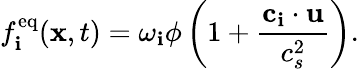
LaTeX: f_{\mathbf{i}}^{\mathrm{{eq}}}(\mathbf{{x}},t)=\omega_{\mathbf{i}}\phi\left(1+\frac{{\mathbf{{c}}_{\mathbf{i}}\cdot\mathbf{{u}}}}{{c_{s}^{2}}}\right).